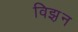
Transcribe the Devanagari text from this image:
विझ़न